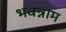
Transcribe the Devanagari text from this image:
भवन्नाम